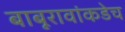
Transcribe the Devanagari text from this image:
बाबूरावांकडेच